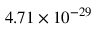
4 . 7 1 \times 1 0 ^ { - 2 9 }